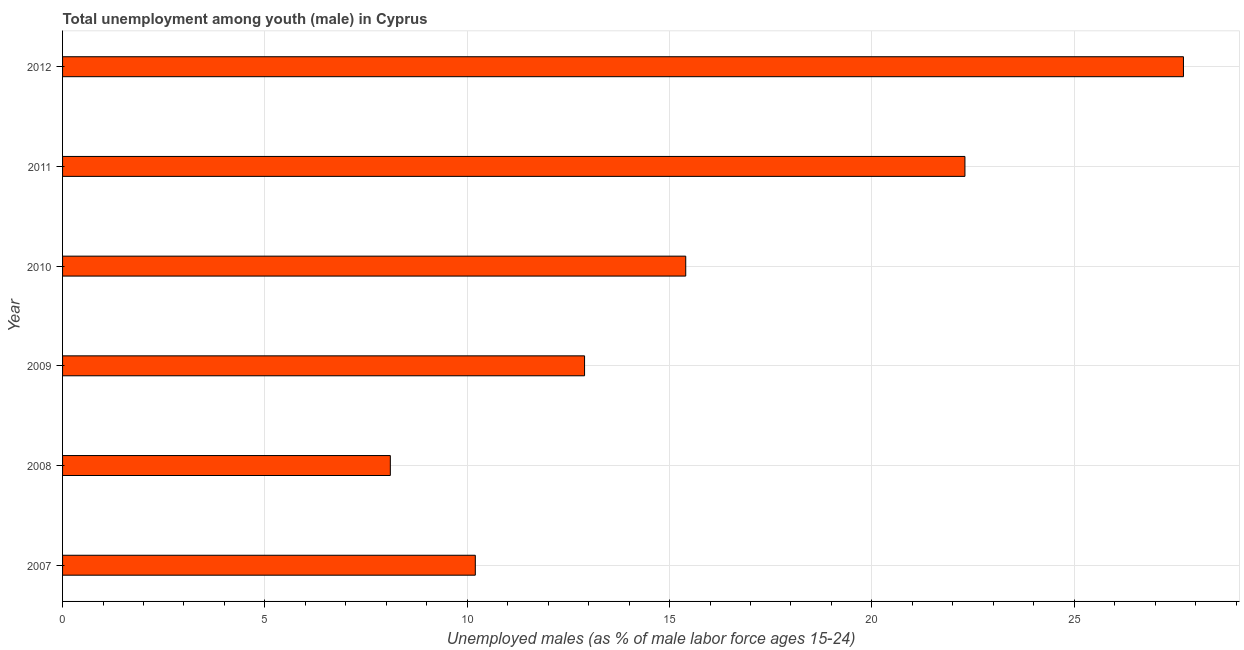
| Year | Unemployment |
 | --- | --- |
 | 2007 | 10.2 |
 | 2008 | 8.1 |
 | 2009 | 12.9 |
 | 2010 | 15.4 |
 | 2011 | 22.3 |
 | 2012 | 27.7 |